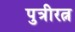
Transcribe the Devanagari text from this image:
पुत्रीरत्न